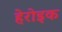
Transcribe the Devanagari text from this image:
हेरोइक